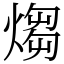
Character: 煼